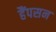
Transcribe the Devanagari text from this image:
हैंपसन